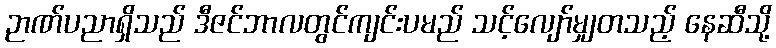
ဉာဏ်ပညာရှိသည် ဒီဇင်ဘာလတွင်ကျင်းပမည် သင့်လျော်မျှတသည့် နေဆီသို့